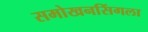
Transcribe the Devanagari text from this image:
समोखनसिंगला